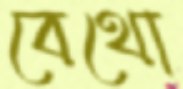
বেথো